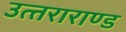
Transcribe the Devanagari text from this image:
उत्‍तराराण्‍ड